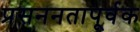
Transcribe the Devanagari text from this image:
प्रसननतापूर्वक